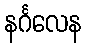
နင်္ဂလေန